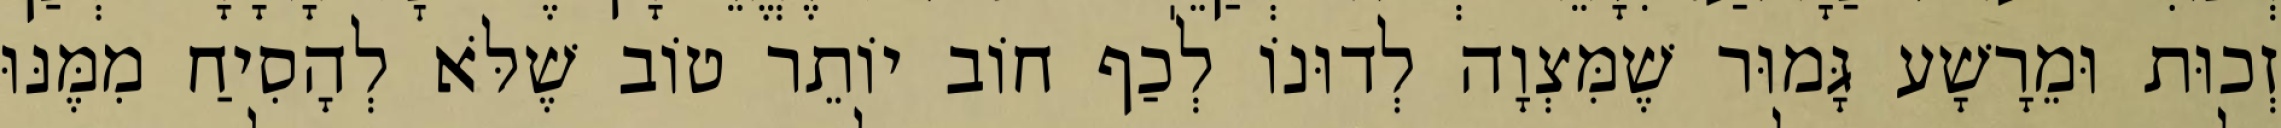
זְכוּת וּמֵרָשָׁע גָּמוּר שֶׁמִּצְוָה לְדוּנוֹ לְכַף חוֹב יוֹתֵר טוֹב שֶׁלֹּא לְהָסִיחַ מִמֶּנּוּ